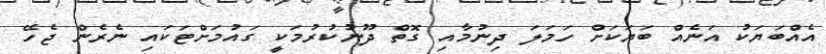
އެއްބަޔަކު އަނެއް ބަޔަކަށް ހަމަލަ ދިނުމާއި ގޮތް ދޫނުކުރުމަކީ ގައުމަށްޓަކައި ނެރެން ޖެހޭ